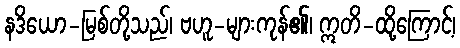
နဒိယော-မြစ်တို့သည်၊ ဗဟူ-များကုန်၏၊ ဣတိ-ထို့ကြောင့်၊